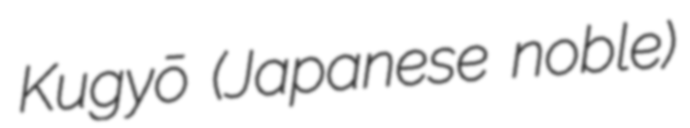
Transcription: Kugyō (Japanese noble)